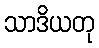
သာဒိယတု